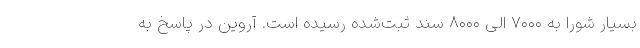
بسیار شورا به ۷۰۰۰ الی ۸۰۰۰ سند ثبت‌شده رسیده است. آروین در پاسخ به